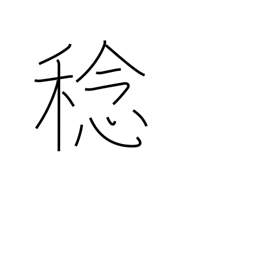
Meaning: harvest